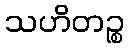
သဟိတဉ္စ